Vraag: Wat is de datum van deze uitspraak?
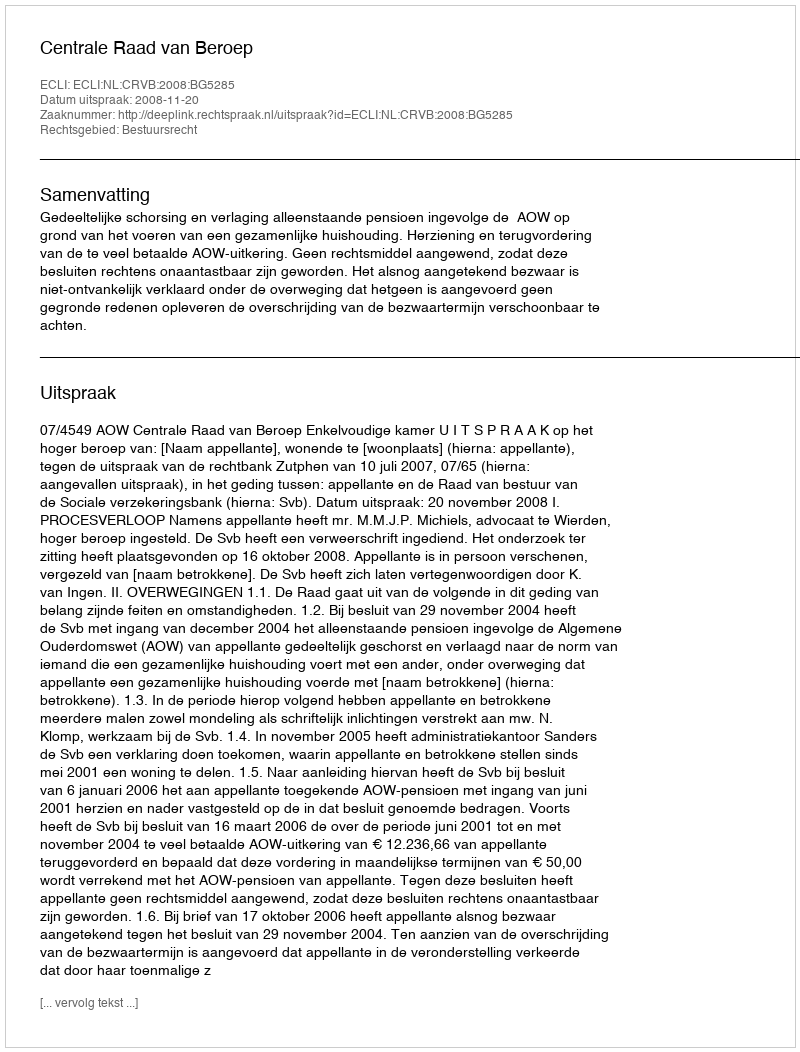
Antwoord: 2008-11-20